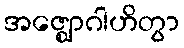
အဇ္ဈောဂါဟိတွာ